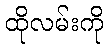
ထိုလမ်းကို